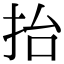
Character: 抬